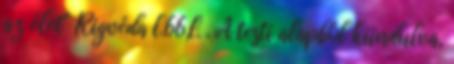
az élet" Rigvéda l.66,l. . A testi alapból kiindulva,